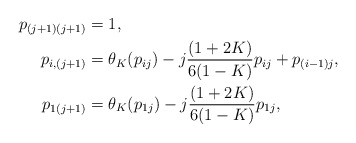
\begin{align*} p_{(j+1)(j+1)} &= 1,\\ p_{i,(j+1)} &= \theta_K(p_{ij}) - j\frac{(1+2K)}{6(1-K)}p_{ij} + p_{(i-1)j},\\p_{1(j+1)} &= \theta_K(p_{1j}) - j\frac{(1+2K)}{6(1-K)}p_{1j},\end{align*}